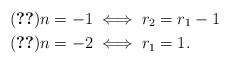
LaTeX: \begin{align*} \eqref{eq:subring recn} n=-1 &\iff r_2 = r_1 - 1 \\ \eqref{eq:subring recn} n=-2 &\iff r_1 = 1. \end{align*}